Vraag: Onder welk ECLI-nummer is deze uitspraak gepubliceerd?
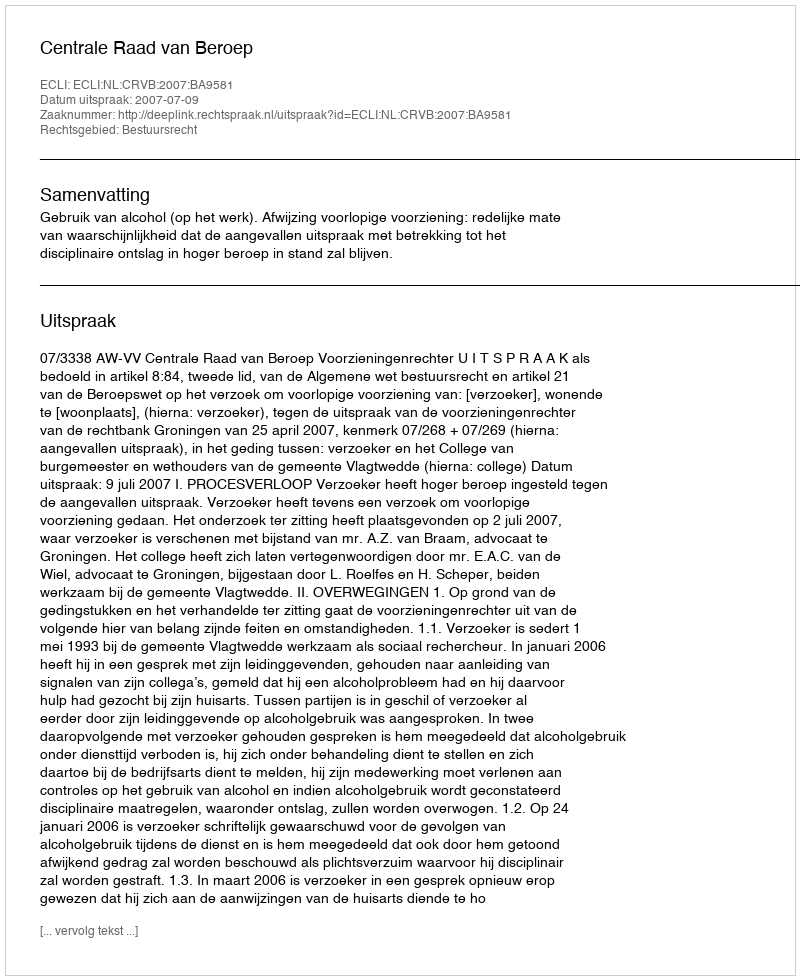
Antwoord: ECLI:NL:CRVB:2007:BA9581